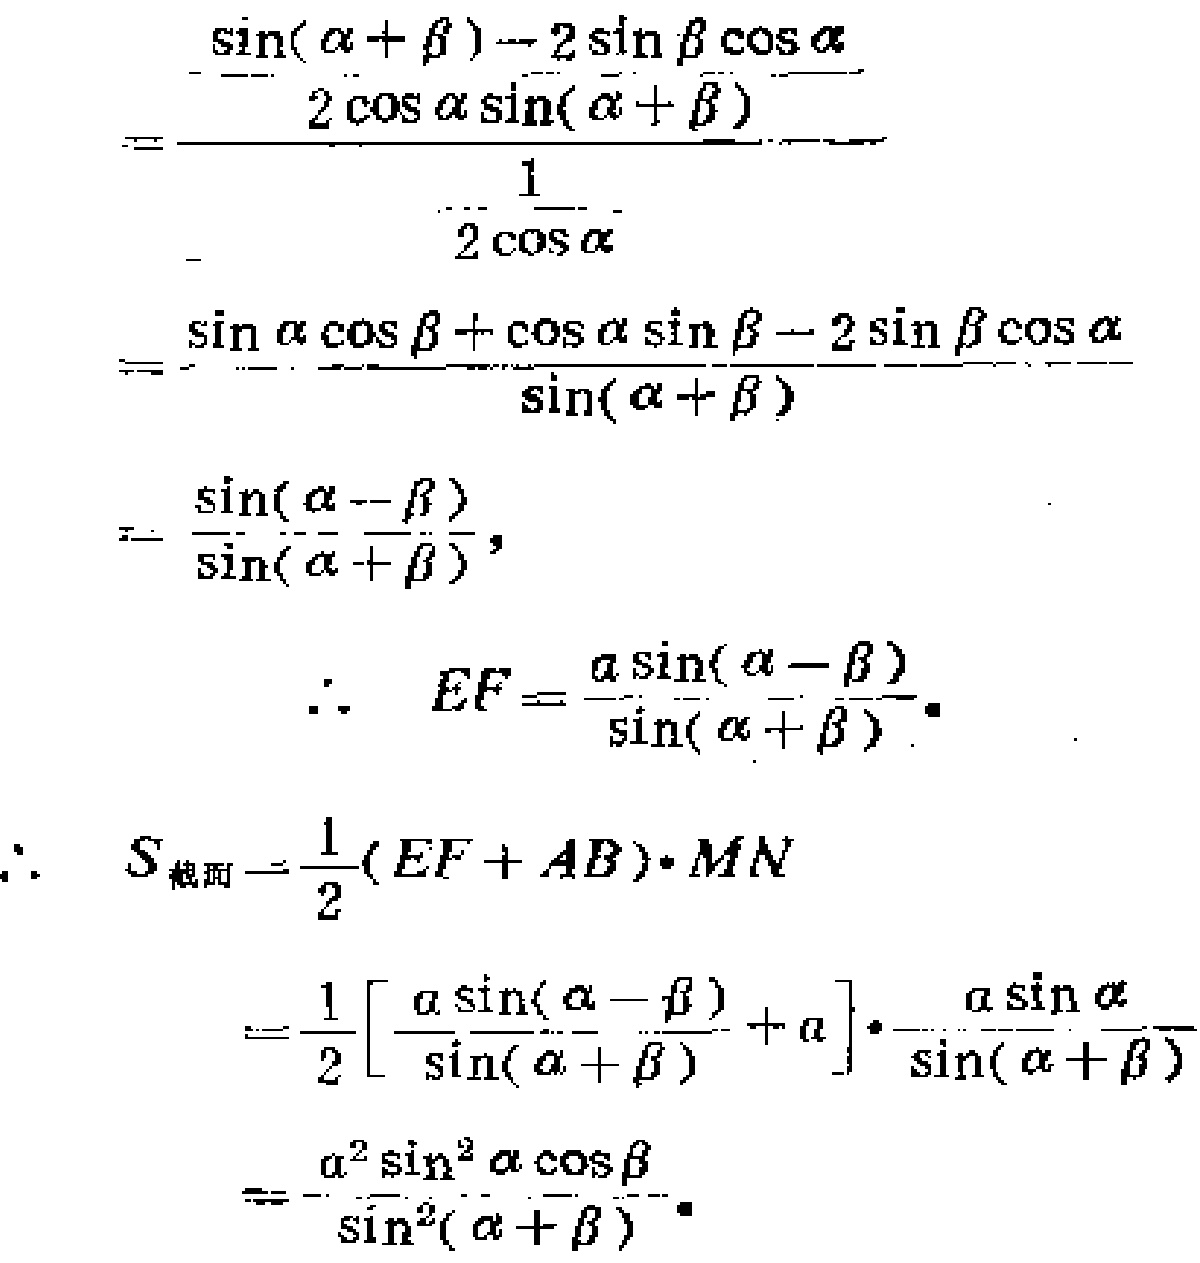
\[
\begin{align*}
&\frac{\sin(\alpha + \beta)-2\sin\beta\cos\alpha}{2\cos\alpha\sin(\alpha + \beta)}\\
=&\frac{1}{2\cos\alpha}\cdot\frac{\sin\alpha\cos\beta+\cos\alpha\sin\beta - 2\sin\beta\cos\alpha}{\sin(\alpha + \beta)}\\
=&\frac{\sin(\alpha - \beta)}{\sin(\alpha + \beta)},\\
\therefore\ &EF = \frac{a\sin(\alpha - \beta)}{\sin(\alpha + \beta)}.\\
\therefore\ S_{截面}&=\frac{1}{2}(EF + AB)\cdot MN\\
&=\frac{1}{2}\left[\frac{a\sin(\alpha - \beta)}{\sin(\alpha + \beta)}+a\right]\cdot\frac{a\sin\alpha}{\sin(\alpha + \beta)}\\
&=\frac{a^{2}\sin^{2}\alpha\cos\beta}{\sin^{2}(\alpha + \beta)}.
\end{align*}
\]